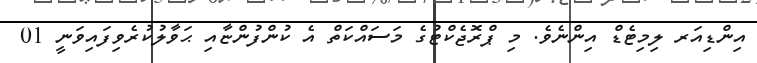
އިންޑިއަރ ލިމިޓެޑް އިންނެވެ. މި ޕްރޮޖެކްޓުގެ މަސައްކަތް އެ ކުންފުންޏާއި ޙަވާލުކުރެވިފައިވަނީ 01